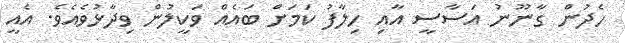
ހެދުން ގާނޫނު އަސާސީ އާއި ހިލާފު ކަމަށް ބައެއް ވަކީލުން ވިދާޅުވެއެވެ. އެއީ